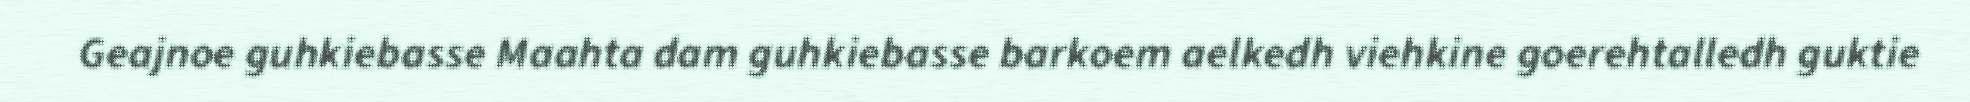
Geajnoe guhkiebasse Maahta dam guhkiebasse barkoem aelkedh viehkine goerehtalledh guktie